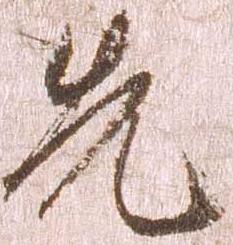
先